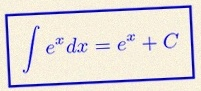
\int e^x dx=e^x+C